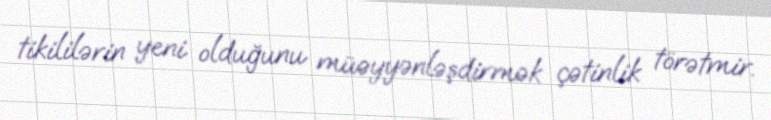
tikililərin yeni olduğunu müəyyənləşdirmək çətinlik törətmir.